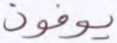
يوفون